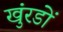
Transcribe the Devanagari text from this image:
खुंरडों